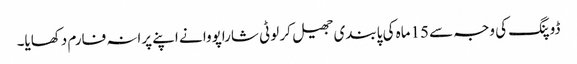
ڈوپنگ کی وجہ سے 15ماہ کی پابندی جھیل کر لوٹی شاراپووا نے اپنے پرانہ فارم دکھایا۔